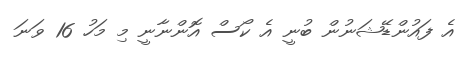
އެ ފައުންޑޭޝަނުން ބުނީ އެ ކޯސް އޮންނާނީ މި މަހު 16 ވަނަ